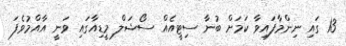
13 ގައި ނިންމާފައިވާ ކަމަށް ބުނާ ސިޓީއެއް ސޯޝަލް މީޑިއާގައި ވަނީ އާއްމުވެފަ